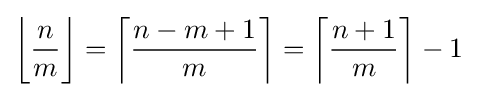
\left\lfloor {\frac {n{\vphantom {1}}}{m}}\right\rfloor =\left\lceil {\frac {n-m+1}{m}}\right\rceil =\left\lceil {\frac {n+1}{m}}\right\rceil -1